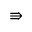
\Rrightarrow